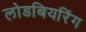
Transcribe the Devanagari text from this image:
लोडबियरिंग